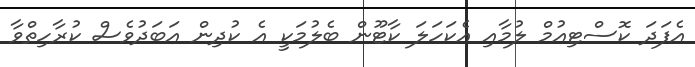
އެފަދަ ކޮސްޓިއުމް ލުމާއި އެކަހަލަ ކާޓޫން ބެލުމަކީ އެ ކުދިން އަބަދުވެސް ކުރާހިތްވާ